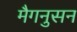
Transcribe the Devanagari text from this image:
मैगनुसन